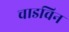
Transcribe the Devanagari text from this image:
चाडविन